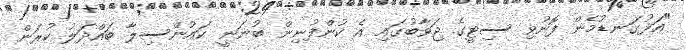
"އަޅުގަނޑުމެން ފޮނުވި ސިޓީގެ ޖަވާބުގައި އެ ކުންފުނިން ބުނަނީ ކައުންސިލާ ބައްދަލު ކުރަން